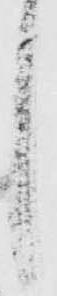
し